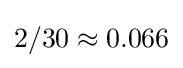
2/30\approx 0.066